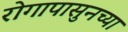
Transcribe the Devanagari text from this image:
रोगापासुनच्या